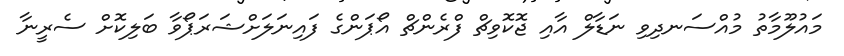
މައުލޫމާތު މުއްސަނދިވި ނަޑާލް އާއި ޖޮކޮވިޗް ފްރެންޗް އޯޕަންގެ ފައިނަލަށްޝަރަޕޯވާ ބަލިކޮށް ސެރީނާ